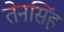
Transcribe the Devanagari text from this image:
तेनसिंह